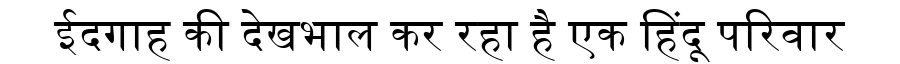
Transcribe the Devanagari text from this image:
ईदगाह की देखभाल कर रहा है एक हिंदू परिवार